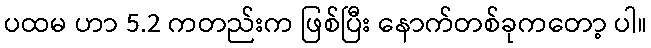
ပထမ ဟာ 5.2 ကတည်းက ဖြစ်ပြီး နောက်တစ်ခုကတော့ ပါ။